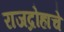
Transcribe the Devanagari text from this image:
राजद्रोहाचे